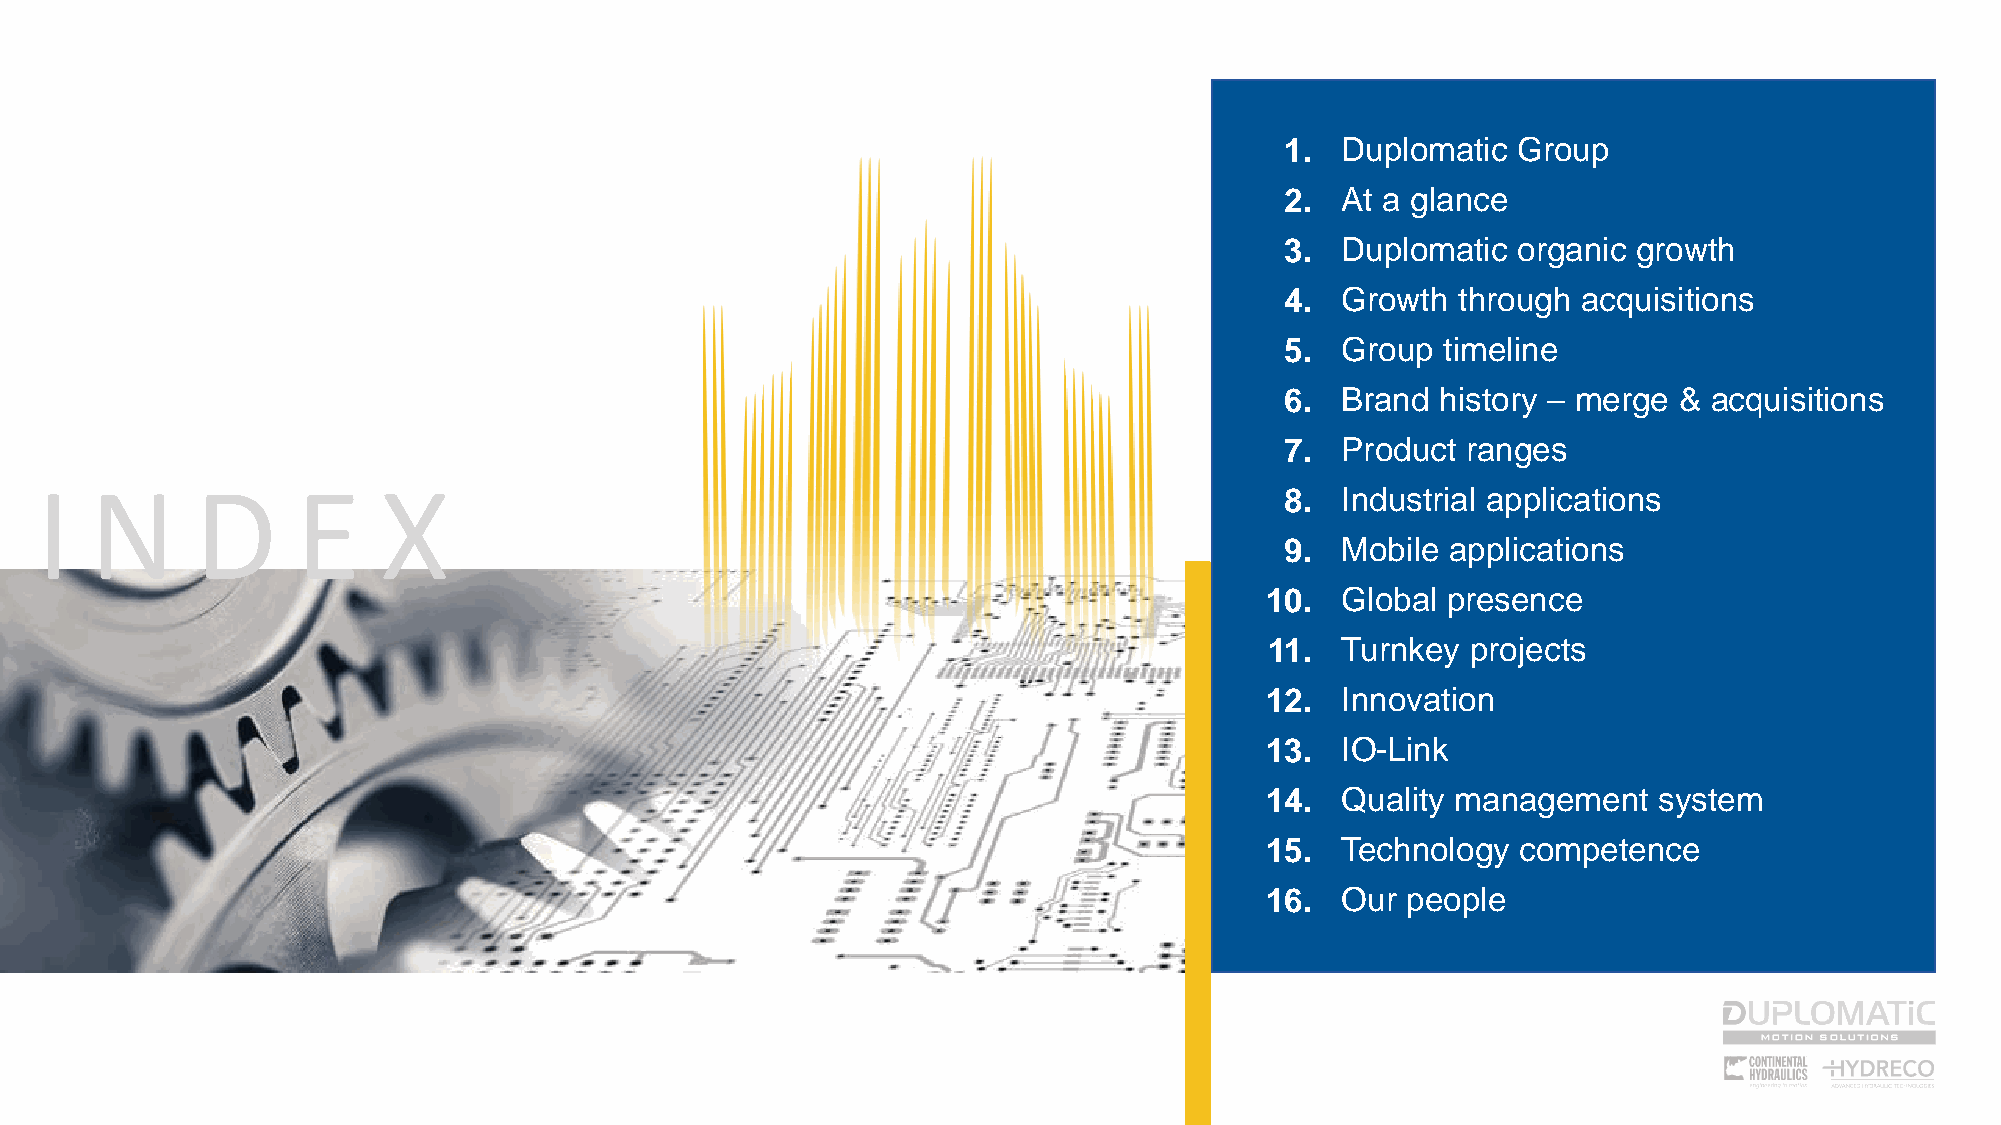
1.  Duplomatic Group
 2.  At a glance
 3.  Duplomatic organic growth
 4.  Growth  through acquisitions
 5.  Group  timeline
 6.  Brand history – merge & acquisitions
 7.  Product ranges
 I   N      D      E    X
 8.  Industrial applications
 9.  Mobile applications
 10.  Global presence
 11.  Turnkey projects
 12.  Innovation
 13.  IO-Link
 14.  Quality management   system
 15.  Technology  competence
 16.  Our people